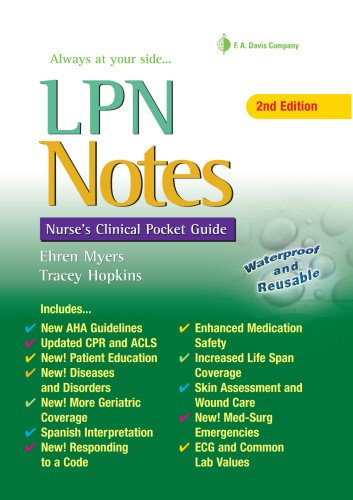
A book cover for LPN Notes: Nurse's Clinical Pocket Guide; Ehren Myers RN; Medical Books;